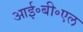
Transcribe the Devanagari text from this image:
आई॰बी॰एल